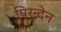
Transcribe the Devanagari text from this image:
पिरन्देन